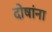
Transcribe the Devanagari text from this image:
दोषांना